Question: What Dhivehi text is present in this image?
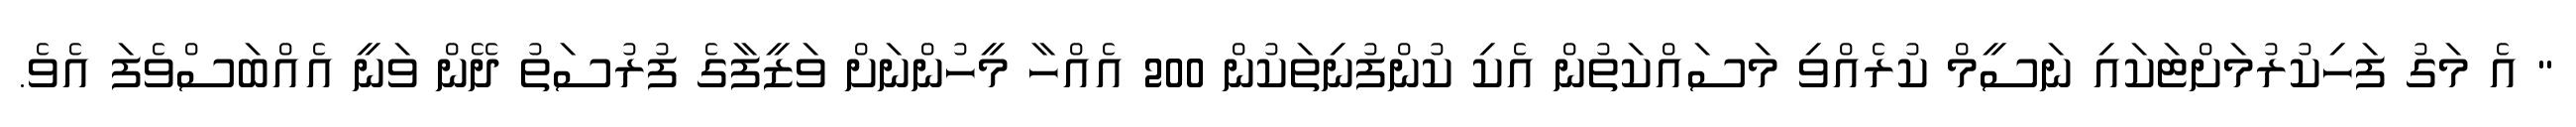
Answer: " އެ މަގު ފަހިކުރުމަށްޓަކައި ނަސީމް ކުރެއްވި މަސައްކަތުން އެކި ކުންފުނިތަކުން 200 އެއްހާ މީހުންނަށް ވަޒީފާގެ ފުރުސަތު ދޭން ވަނީ އެއްބަސްވެފަ އެވެ.